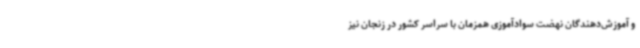
و آموزش‌دهندگان نهضت سوادآموزی همزمان با سراسر کشور در زنجان نیز